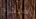
سيخرج